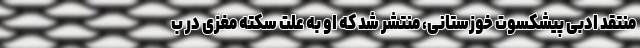
منتقد ادبی پیشکسوت خوزستانی، منتشر شد که او به علت سکته مغزی در ب